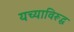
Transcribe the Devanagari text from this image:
यच्याविरूद्ध